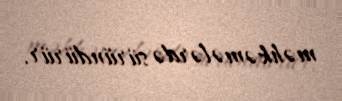
məhkəmələrdə süründürür.